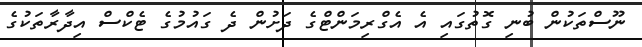
ނޫސްތަކުން ބުނި ގޮތުގައި އެ އެގްރިމަންޓްގެ ދަށުން ދެ ގައުމުގެ ޓެކްސް އިދާރާތަކުގެ